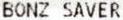
BONZ SAVER